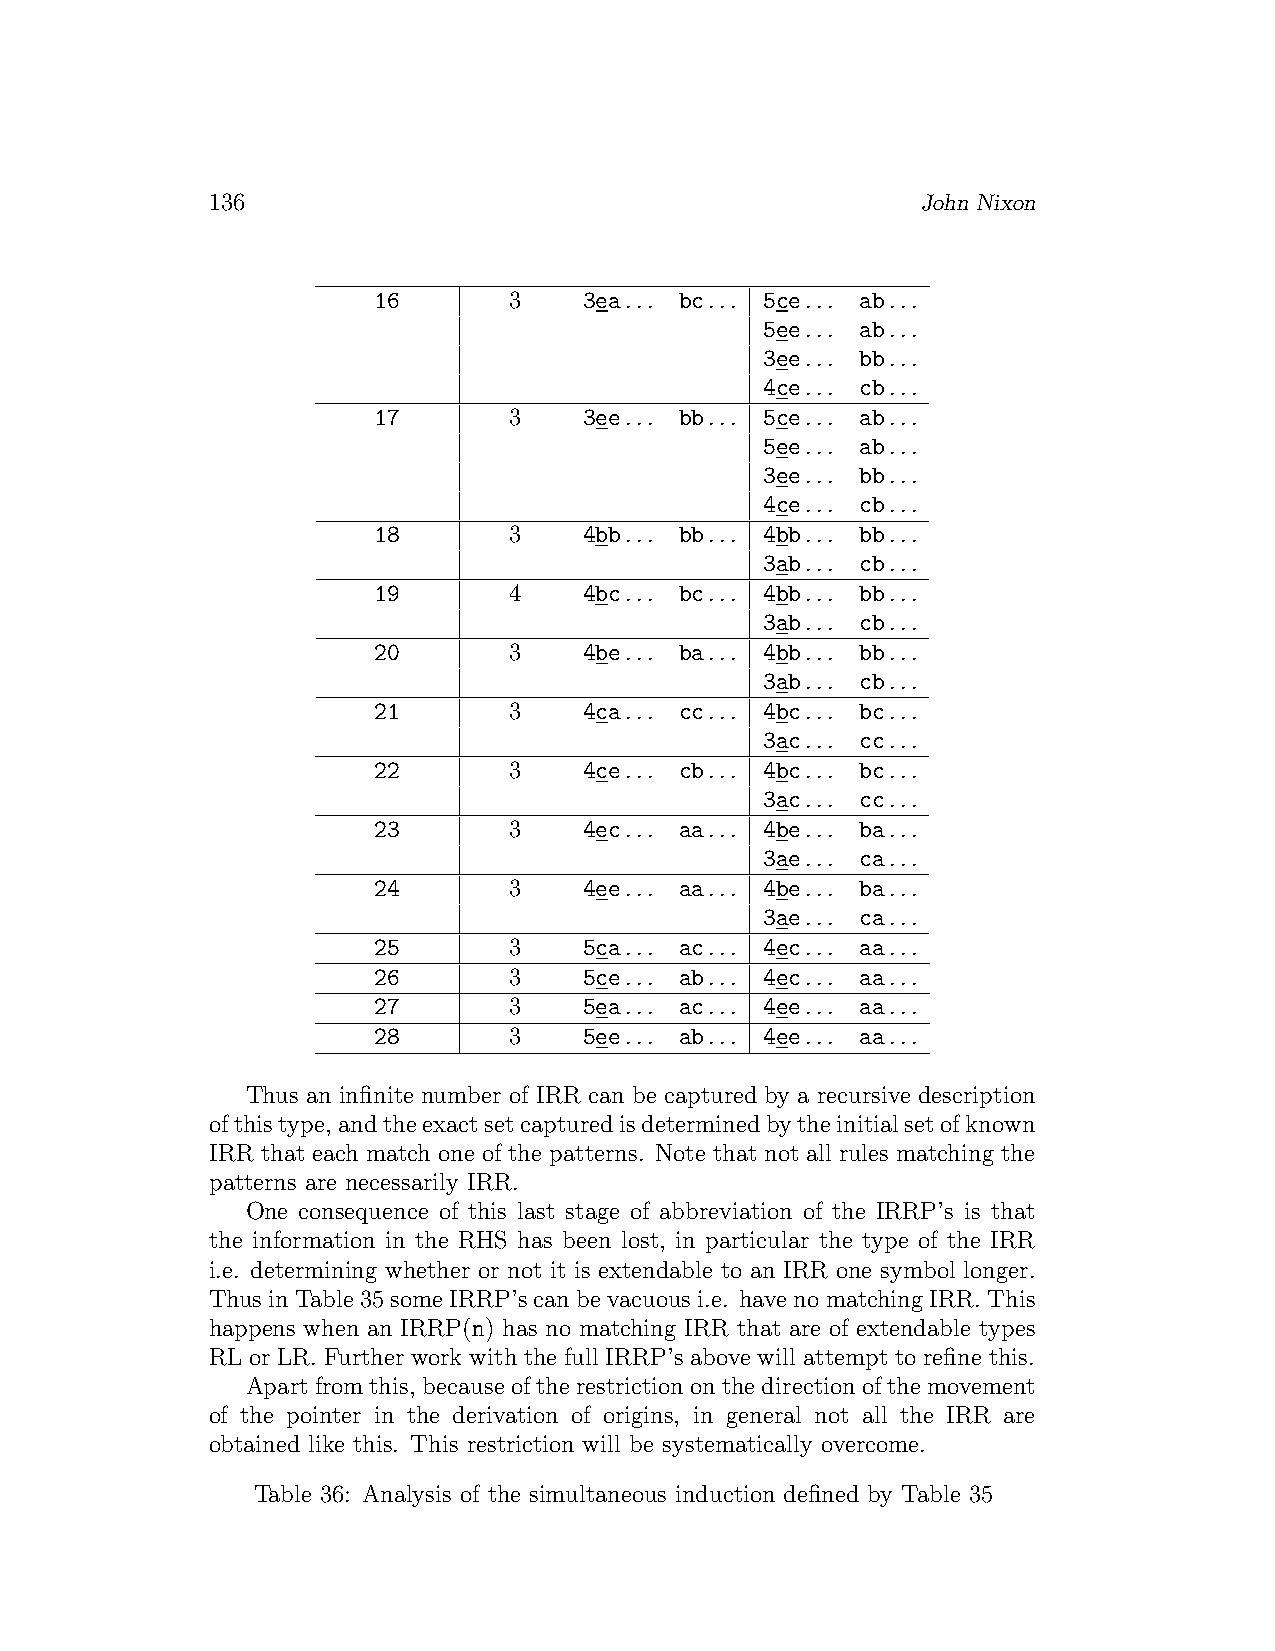
136                                            John Nixon
 16       3    3ea... bc... 5ce... ab...
 5ee... ab...
 3ee... bb...
 4ce... cb...
 17       3    3ee... bb... 5ce... ab...
 5ee... ab...
 3ee... bb...
 4ce... cb...
 18       3    4bb... bb... 4bb... bb...
 3ab... cb...
 19       4    4bc... bc... 4bb... bb...
 3ab... cb...
 20       3    4be... ba... 4bb... bb...
 3ab... cb...
 21       3    4ca... cc... 4bc... bc...
 3ac... cc...
 22       3    4ce... cb... 4bc... bc...
 3ac... cc...
 23       3    4ec... aa... 4be... ba...
 3ae... ca...
 24       3    4ee... aa... 4be... ba...
 3ae... ca...
 25       3    5ca... ac... 4ec... aa...
 26       3    5ce... ab... 4ec... aa...
 27       3    5ea... ac... 4ee... aa...
 28       3    5ee... ab... 4ee... aa...
 Thus an infinite number of IRR can be captured by a recursive description
 ofthistype,andtheexactsetcapturedisdeterminedbytheinitialsetofknown
 IRR that each match one of the patterns. Note that not all rules matching the
 patterns are necessarily IRR.
 One consequence of this last stage of abbreviation of the IRRP’s is that
 the information in the RHS has been lost, in particular the type of the IRR
 i.e. determining whether or not it is extendable to an IRR one symbol longer.
 Thus in Table 35 some IRRP’s canbevacuous i.e. have no matching IRR. This
 happens when an IRRP(n) has no matching IRR that are of extendable types
 RL or LR. Further work with the full IRRP’s above will attempt to refine this.
 Apartfromthis, becauseoftherestrictiononthedirectionofthemovement
 of the pointer in the derivation of origins, in general not all the IRR are
 obtained like this. This restriction will be systematically overcome.
 Table 36: Analysis of the simultaneous induction defined by Table 35